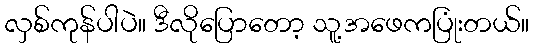
လှစ်ကုန်ပါပဲ။ ဒီလိုပြောတော့ သူ့အဖေကပြုံးတယ်။